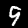
Label: 9